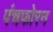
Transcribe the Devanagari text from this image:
पंचफोरन